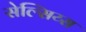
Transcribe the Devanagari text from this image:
सेल्सिय्स